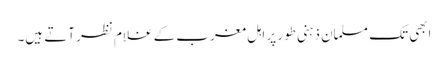
ابھی تک مسلمان ذہنی طور پر اہل مغرب کے غلام نظر آتے ہیں۔